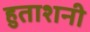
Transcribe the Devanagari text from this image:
हुताशनी